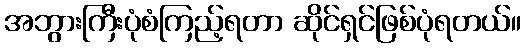
အဘွားကြီးပုံစံကြည့်ရတာ ဆိုင်ရှင်ဖြစ်ပုံရတယ်။